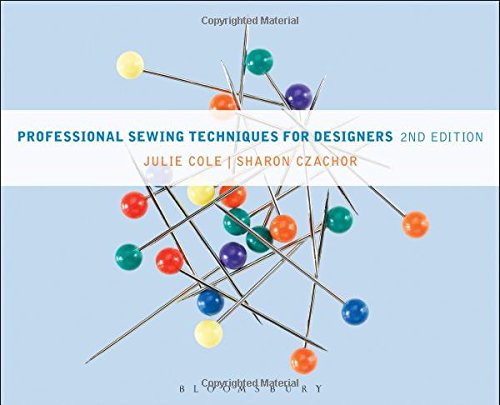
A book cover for Professional Sewing Techniques for Designers; Julie Cole; Arts & Photography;